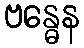
ဗန္ဓေန